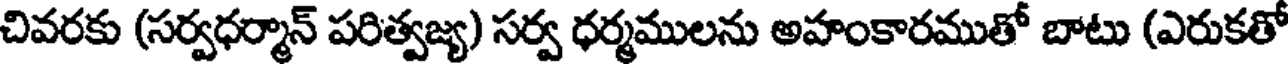
చివరకు (సర్వధర్మాన్ పరిత్వజ్య) సర్వ ధర్మములను అహంకారముతో బాటు (ఎరుకతో